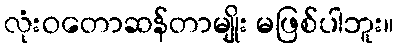
လုံးဝတောဆန်တာမျိုး မဖြစ်ပါဘူး။